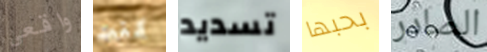
واقعي كنت تسديد بحبها الصادر